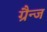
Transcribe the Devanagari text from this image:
ग्रैन्ज